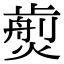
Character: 𤎵